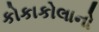
કોકાકોલાનો